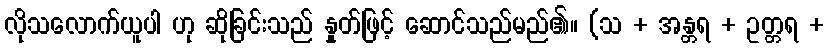
လိုသလောက်ယူပါ ဟု ဆိုခြင်းသည် နှုတ်ဖြင့် ဆောင်သည်မည်၏။ (သ + အန္တရ + ဥတ္တရ +